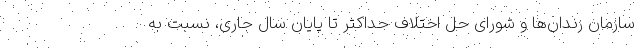
سازمان زندان‌ها و شورای حل اختلاف حداکثر تا پایان سال جاری، نسبت به